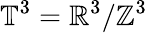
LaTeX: \mathbb{T}^{3}=\mathbb{R}^{3}/\mathbb{Z}^{3}